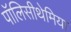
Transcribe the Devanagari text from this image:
पॉलिसीथेमिया